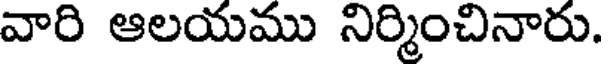
వారి ఆలయము నిర్మించినారు.